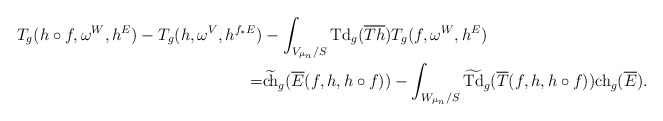
\begin{align*} T_g(h\circ f,\omega^W,h^E)-T_g(h,\omega^V,h^{f_*E})&-\int_{V_{\mu_n}/S}{\rm Td}_g(\overline{Th})T_g(f,\omega^W,h^E)\\=&\widetilde{{\rm ch}}_g(\overline{E}(f,h,h\circ f))-\int_{W_{\mu_n}/S}\widetilde{{\rm Td}}_g(\overline{T}(f,h,h\circ f)){\rm ch}_g(\overline{E}).\end{align*}